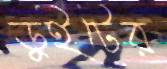
ডুইটের